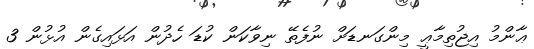
ޢާންމު އިޖުތިމާޢީ މިންގަނޑަށް ނުފެތޭ ނިވާކަން ކުޑަ ހެދުން އަޅައިގެން އުޅުން 3